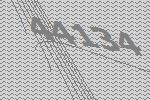
44134